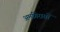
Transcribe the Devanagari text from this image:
अमगिरासों